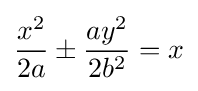
{\frac {x^{2}}{2a}}\pm {\frac {ay^{2}}{2b^{2}}}=x